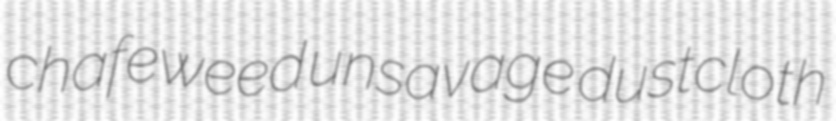
chafeweed unsavage dustcloth